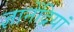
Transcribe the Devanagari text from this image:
ज्ञानेंद्रियां